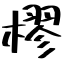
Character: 樛